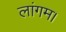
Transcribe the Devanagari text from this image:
लांगम।